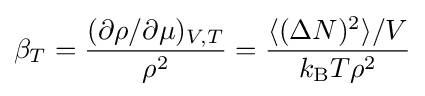
\beta _{T}={\frac {(\partial \rho /\partial \mu )_{V,T}}{\rho ^{2}}}={\frac {\langle (\Delta N)^{2}\rangle /V}{k_{\rm {B}}T\rho ^{2}}}